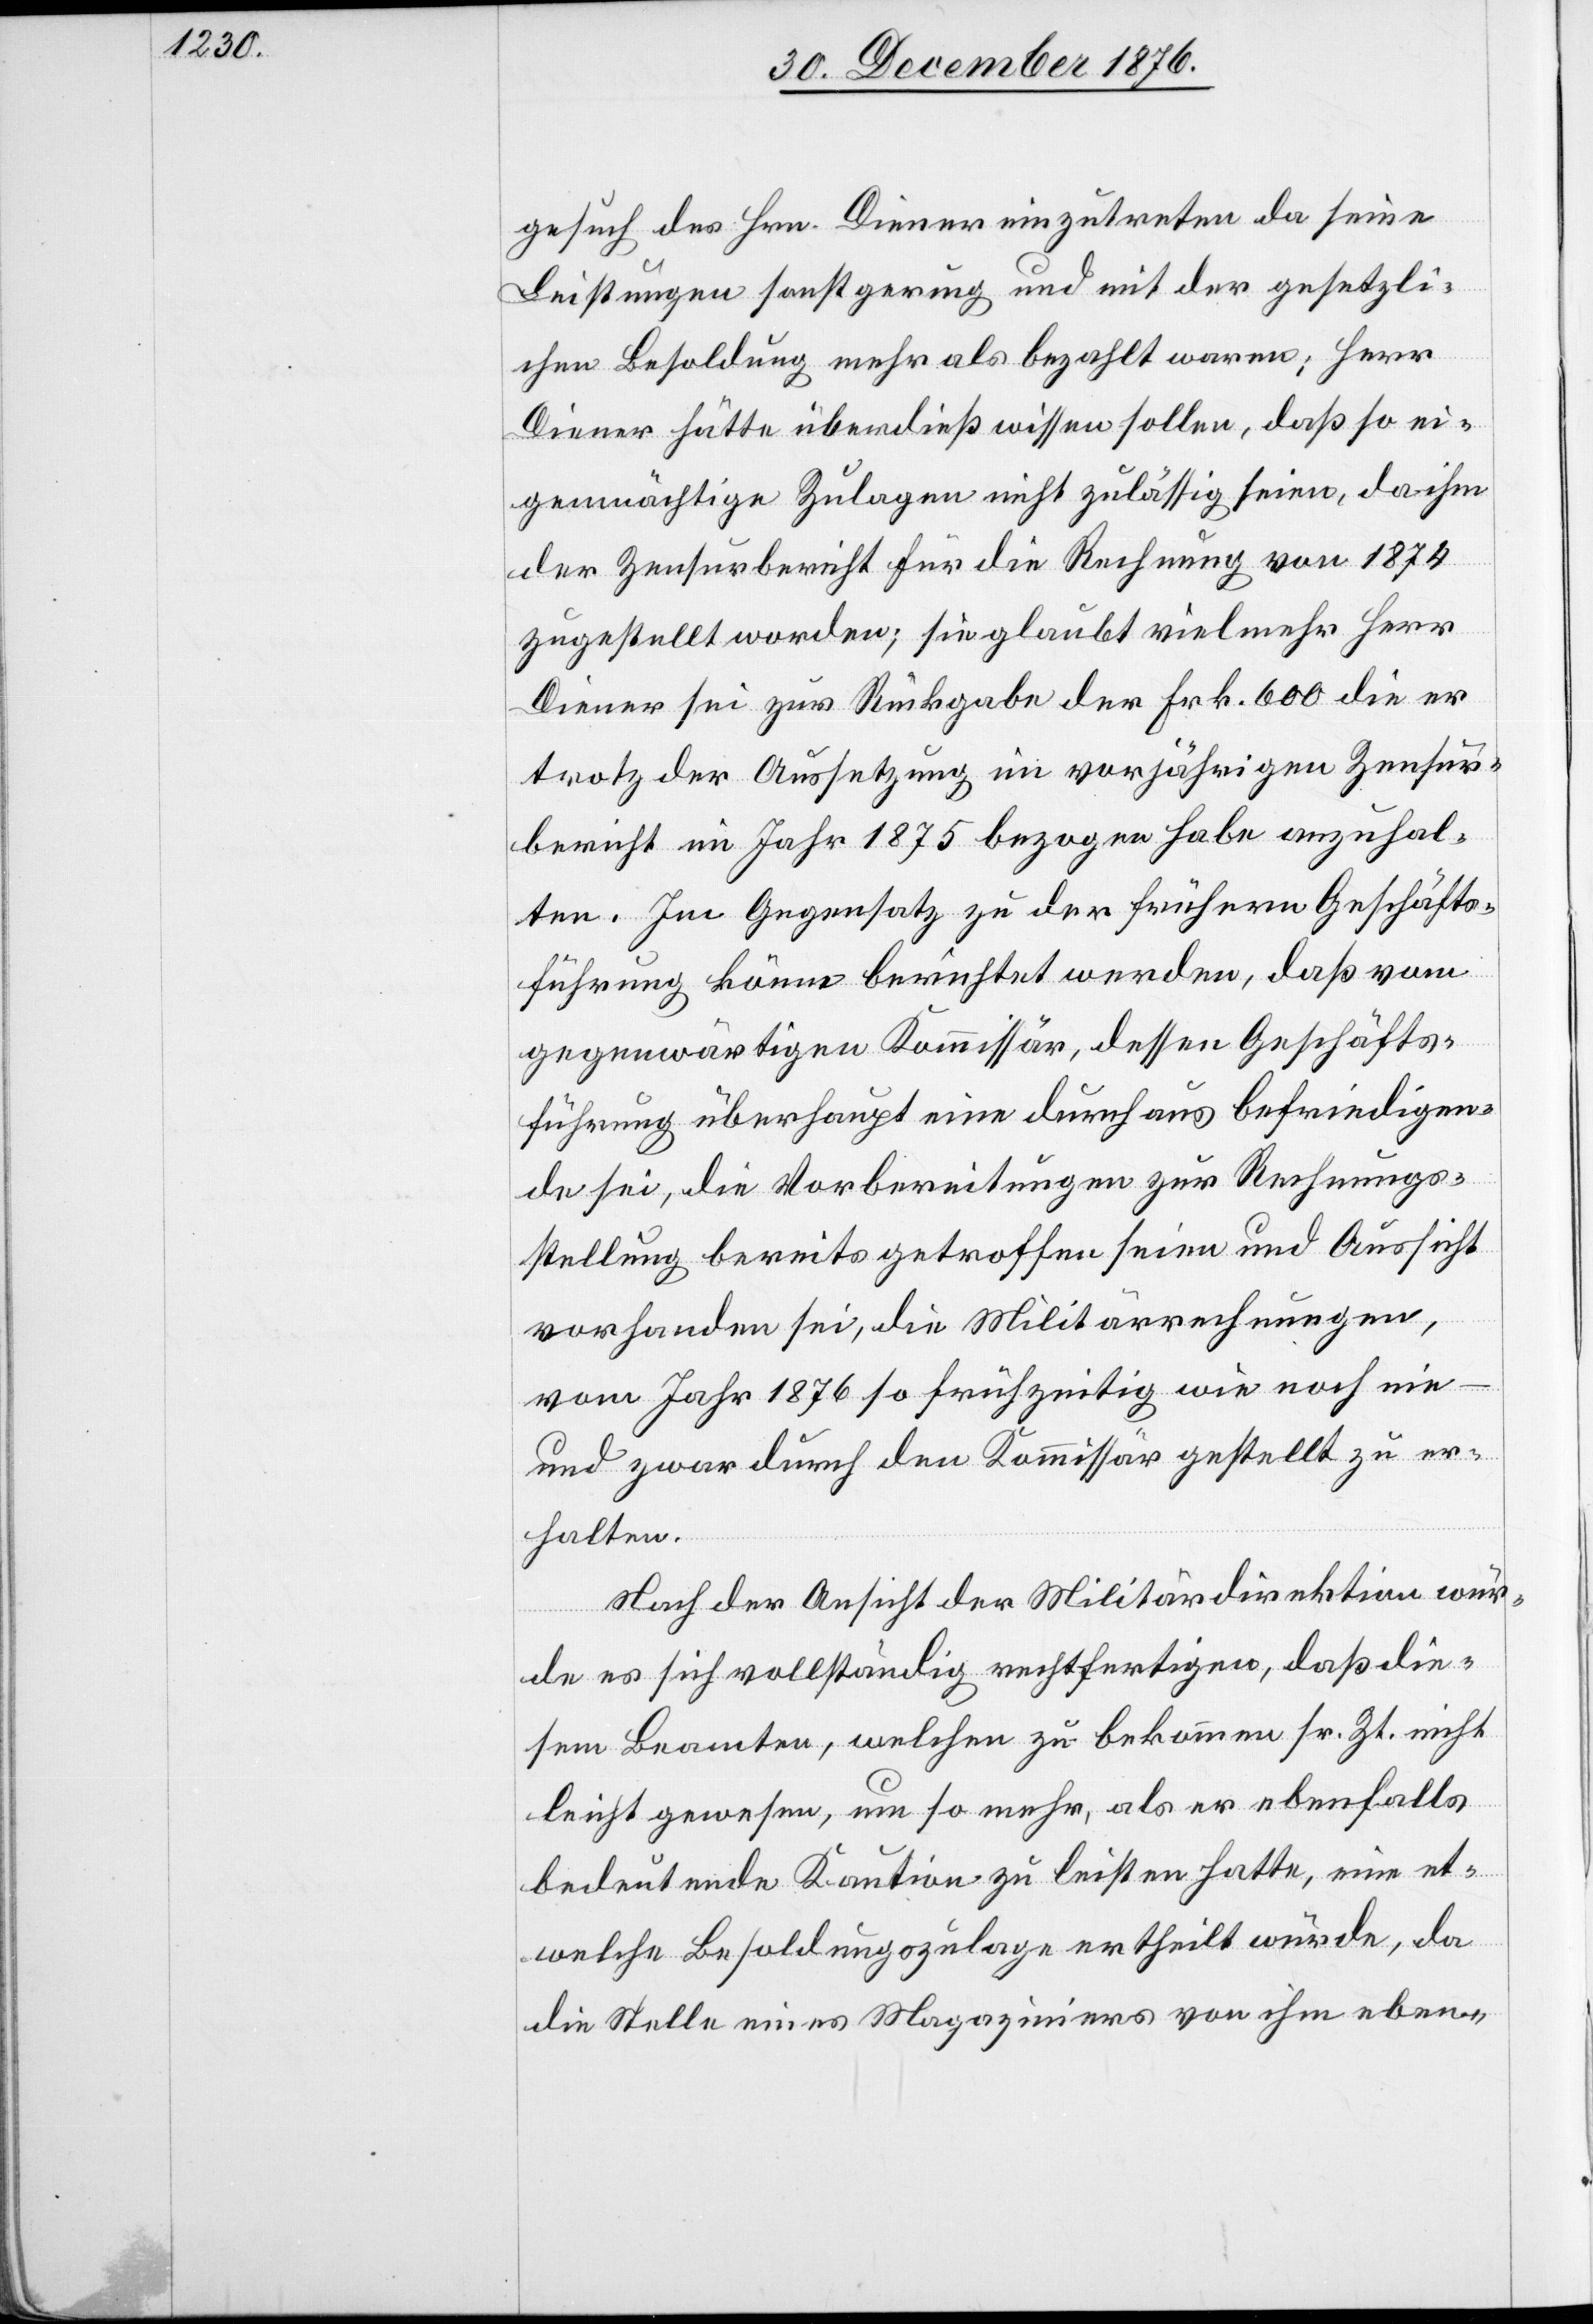
gesuch des Hrn. Diener einzutreten da seine
Leistungen sonst gering und mit der gesetzli¬
chen Besoldung mehr als bezahlt waren; Herr
Diener hätte überdieß wissen sollen, daß so ei¬
genmächtige Zulagen nicht zulässig seien, da ihm
der Zensurbericht für die Rechnung von 1874
zugestellt worden; sie glaubt vielmehr Herr
Diener sei zur Rückgabe der Frk. 600 die er
trotz der Aussetzung im vorjährigen Zensur¬
bericht im Jahr 1875 bezogen habe anzuhal¬
ten. Im Gegensatz zu der frühern Geschäfts¬
führung könne berichtet werden, daß vom
gegenwärtigen Kommissär, dessen Geschäfts¬
führung überhaupt eine durchaus befriedigen¬
de sei, die Vorbereitungen zur Rechnungs¬
stellung bereits getroffen seien und mit Aussicht
vorhanden sei, die Militärrechnungen,
vom Jahr 1876 so frühzeitig wie noch nie
und zwar durch den Kommissär gestellt zu er¬
halten.
Nach der Ansicht der Militärdirektion wür¬
de es sich vollständig rechtfertigen, daß die¬
sem Beamten, welchen zu bekommen sr. Zt. nicht
leicht gewesen, um so mehr, als er ebenfalls
bedeutende Kaution zu leisten hatte, eine et¬
welche Besoldungszulage ertheilt würde, da
die Stelle eines Magaziners von ihm eben-